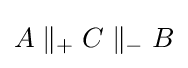
A\parallel _{+}C\parallel _{-}B